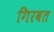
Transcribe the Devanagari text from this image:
गिरवत